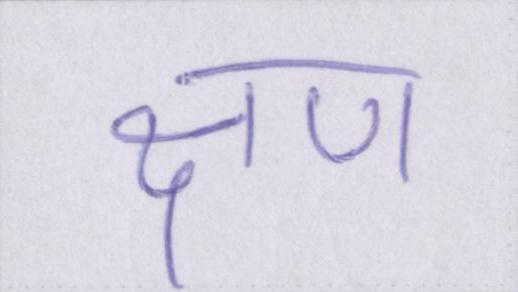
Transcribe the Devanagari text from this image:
क्षण